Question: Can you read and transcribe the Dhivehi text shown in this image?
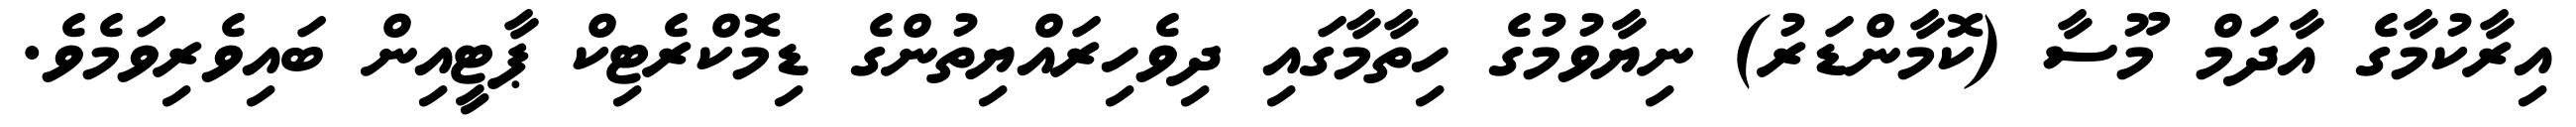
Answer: އިރާކުމާގެ އާދަމް މޫސާ (ކޮމާންޑަރު) ނިޔާވުމުގެ ހިތާމާގައި ދިވެހިރައްޔިތުންގެ ޑިމޮކްރެޓިކް ޕާޓީއިން ބައިވެރިވަމެވެ.